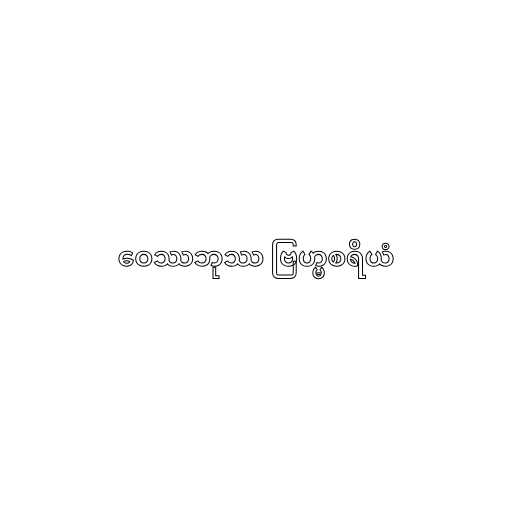
ဝေဿဘုဿ ဗြဟ္မစရိယံ